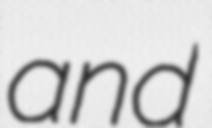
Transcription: and